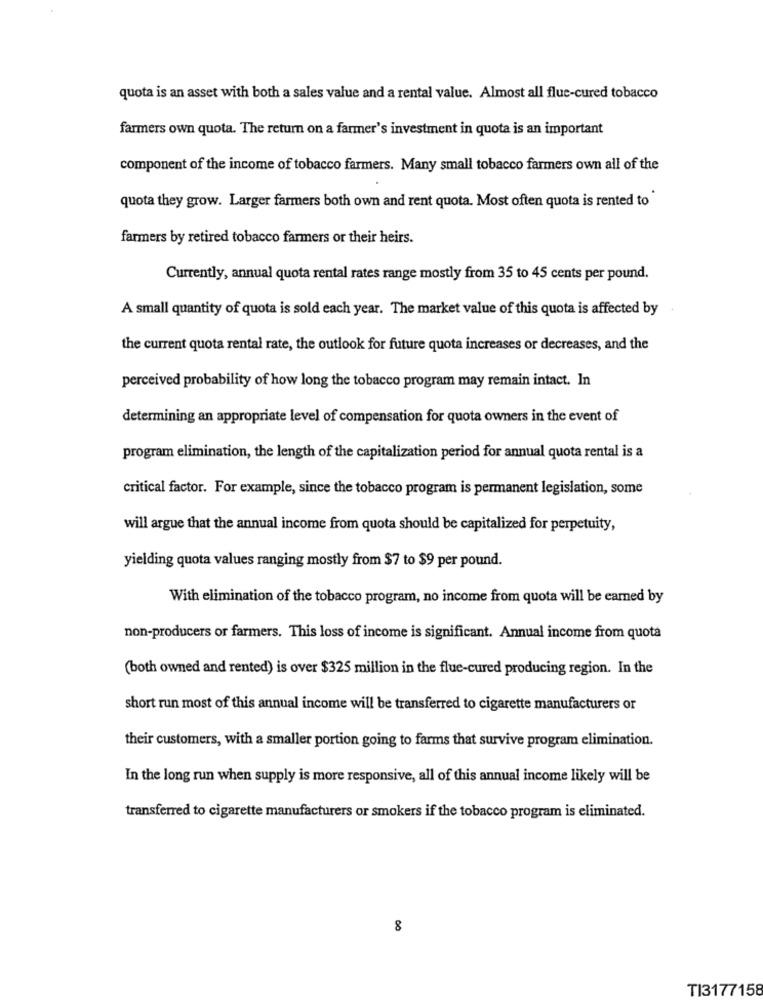
quota is an asset with both a sales value and a rental value. Almost all flue-cured tobacco
farmers own quota. The return on a farmer's investment in quota is an important
component of the income of tobacco farmers. Many small tobacco farmers own all of the
quota they grow. Larger farmers both own and rent quota. Most often quota is rented to
farmers by retired tobacco farmers or their heirs.
Currently, annual quota rental rates range mostly from 35 to 45 cents per pound.
A small quantity of quota is sold each year. The market value of this quota is affected by
the current quota rental rate, the outlook for future quota increases or decreases, and the
perceived probability of how long the tobacco program may remain intact. In
determining an appropriate level of compensation for quota owners in the event of
program elimination, the length of the capitalization period for annual quota rental is a
critical factor. For example, since the tobacco program is permanent legislation, some
will argue that the annual income from quota should be capitalized for perpetuity,
yielding quota values ranging mostly from $7 to $9 per pound.
With elimination of the tobacco program, no income from quota will be earned by
non-producers or farmers. This loss of income is significant. Annual income from quota
(both owned and rented) is over $325 million in the flue-cured producing region. In the
short run most of this annual income will be transferred to cigarette manufacturers or
their customers, with a smaller portion going to farms that survive program elimination.
In the long run when supply is more responsive, all of this annual income likely will be
transferred to cigarette manufacturers or smokers if the tobacco program is eliminated.
8
TI3177158